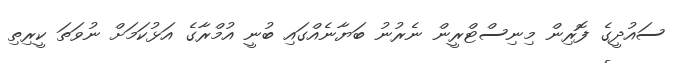
ސައުދީގެ ފޮރިން މިނިސްޓްރީން ނެރުނު ބަޔާނެއްގައި ބުނީ އުމްރާގެ އަޅުކަމަށް ނުވަތަ ކީރިތި